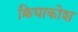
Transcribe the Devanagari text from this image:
क्रियाकोश